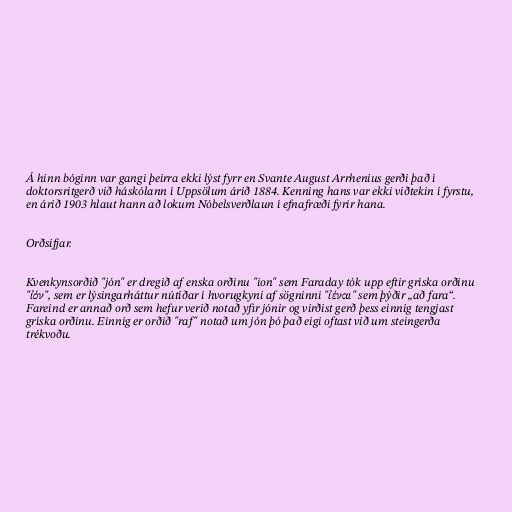
Á hinn bóginn var gangi þeirra ekki lýst fyrr en Svante August Arrhenius gerði það í
doktorsritgerð við háskólann í Uppsölum árið 1884. Kenning hans var ekki viðtekin í fyrstu,
en árið 1903 hlaut hann að lokum Nóbelsverðlaun í efnafræði fyrir hana.

Orðsifjar.

Kvenkynsorðið "jón" er dregið af enska orðinu "ion" sem Faraday tók upp eftir gríska orðinu
"ἰόν", sem er lýsingarháttur nútíðar í hvorugkyni af sögninni "ἰέναι" sem þýðir „að fara“.
Fareind er annað orð sem hefur verið notað yfir jónir og virðist gerð þess einnig tengjast
gríska orðinu. Einnig er orðið "raf" notað um jón þó það eigi oftast við um steingerða
trékvoðu.